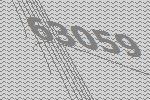
63059